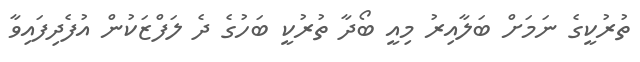
ތުރުކީގެ ނަމަށް ބަލާއިރު މިއީ ބޯދާ ތުރުކީ ބަހުގެ ދެ ލަފްޒަކުން އުފެދިފައިވާ